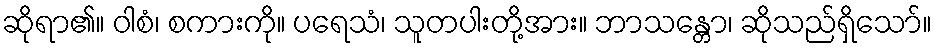
ဆိုရာ၏။ ဝါစံ၊ စကားကို။ ပရေသံ၊ သူတပါးတို့အား။ ဘာသန္တော၊ ဆိုသည်ရှိသော်။